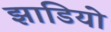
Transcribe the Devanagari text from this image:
झाडियो